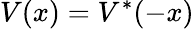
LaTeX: V(x)=V^{*}(-x)